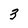
Character: 3